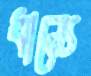
ধান্যে